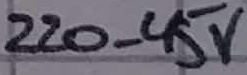
Text: 220-45V